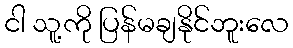
ငါ သူ့ကို ပြန်မချနိုင်ဘူးလေ